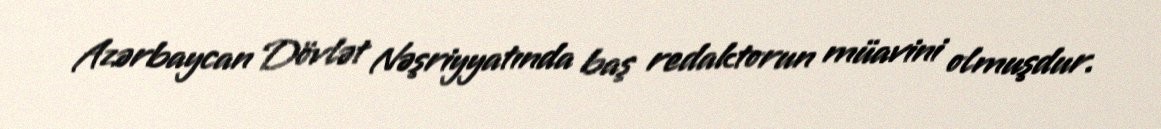
Azərbaycan Dövlət Nəşriyyatında baş redaktorun müavini olmuşdur.